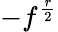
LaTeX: -f^{\frac{r}{2}}